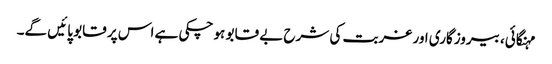
مہنگائی، بیروزگاری اور غربت کی شرح بے قابو ہو چکی ہے اس پر قابو پائیں گے۔